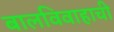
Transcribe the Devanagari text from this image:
बालविवाहाची